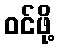
ဝင်ဖို့